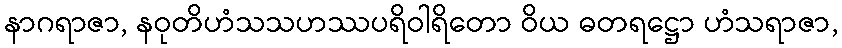
နာဂရာဇာ, နဝုတိဟံသသဟဿပရိဝါရိတော ဝိယ ဓတရဋ္ဌော ဟံသရာဇာ,